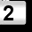
Digit: 2